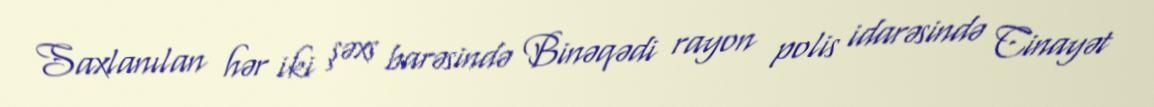
Saxlanılan hər iki şəxs barəsində Binəqədi rayon polis idarəsində Cinayət